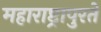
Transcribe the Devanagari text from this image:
महाराष्ट्रापुरते